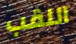
اللقب